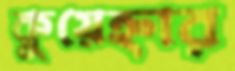
কুয়েহ্নার